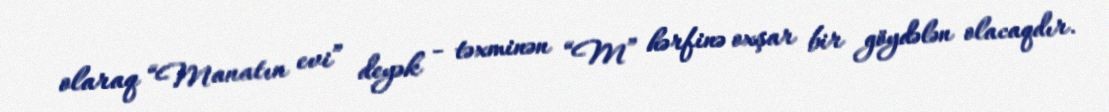
olaraq “Manatın evi” deyək - təxminən “M” hərfinə oxşar bir göydələn olacaqdır.